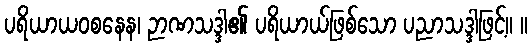
ပရိယာယဝစနေန၊ ဉာဏသဒ္ဒါ၏ ပရိယာယ်ဖြစ်သော ပညာသဒ္ဒါဖြင့်။ ။